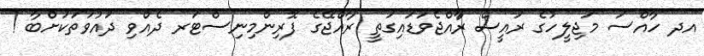
އދ ހާއްސަ މަޖިލީހުގެ ރައީސް ރާައްޖެވަޑައިގަތީ ރާއްޖޭގެ ފޮރިންމިނިސްޓަރ ދެއްވި ދައުވަތަކަށްބާ !